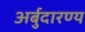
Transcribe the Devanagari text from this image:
अर्बुदारण्य